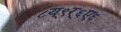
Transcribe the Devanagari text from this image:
८य्९र्६ए६